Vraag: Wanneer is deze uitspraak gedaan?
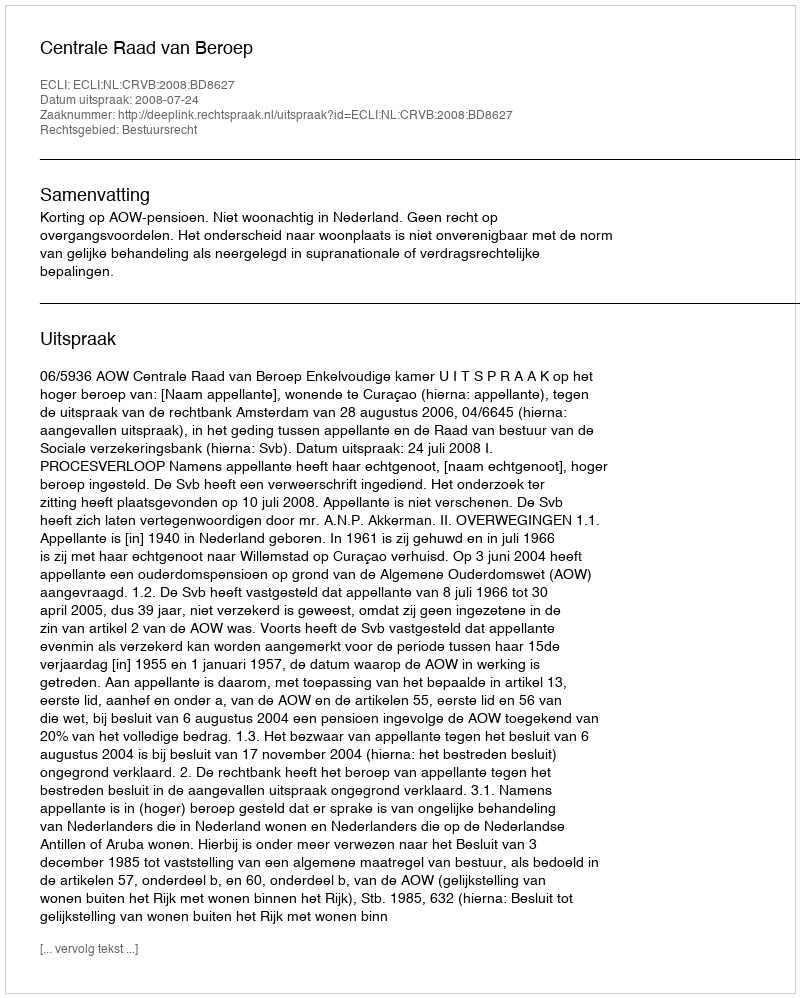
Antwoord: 2008-07-24